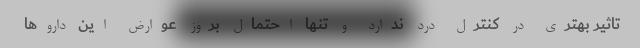
تاثیر بهتری در کنترل درد ندارد و تنها احتمال بروز عوارض این داروها